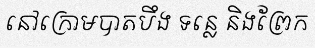
នៅក្រោមបាតបឹង ទន្លេ និងព្រែក